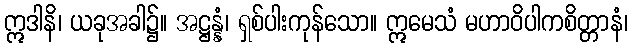
ဣဒါနိ၊ ယခုအခါ၌။ အဋ္ဌန္နံ၊ ရှစ်ပါးကုန်သော။ ဣမေသံ မဟာဝိပါကစိတ္တာနံ၊